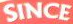
since